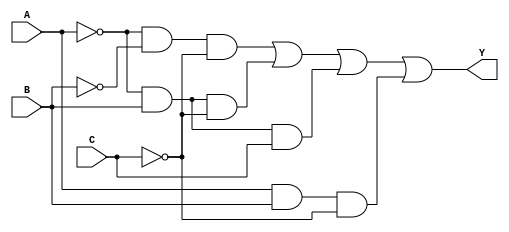
module KMap3Variable(
    input wire A,  // Input variable A
    input wire B,  // Input variable B
    input wire C,  // Input variable C
    output wire Y  // Output variable Y
);

// K-map simplification based on the provided truth table:
assign Y = (~A & ~B & ~C) |    // minterm 0
           (~A &  B & ~C) |    // minterm 1
           (~A &  B &  C) |    // minterm 3
           ( A &  B & ~C);      // minterm 2

endmodule